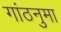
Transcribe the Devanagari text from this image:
गांठनुमा